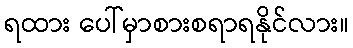
ရထား ပေါ်မှာစားစရာရနိုင်လား။